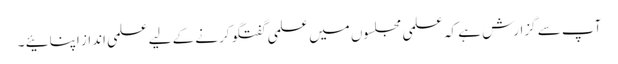
آپ سے گزارش ہے کہ علمی مجلسوں میں علمی گفتگو کرنے کے لیے علمی انداز اپنائیے ۔